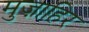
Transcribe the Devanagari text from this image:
मुज़ाहिर